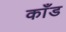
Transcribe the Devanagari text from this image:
काँड